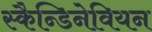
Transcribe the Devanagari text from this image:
स्कैन्डिनेवियन